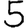
Digit: 5